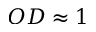
O D \approx 1